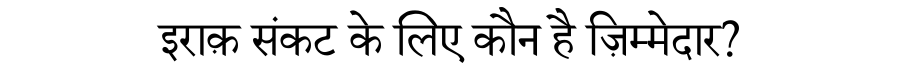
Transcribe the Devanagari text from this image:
इराक़ संकट के लिए कौन है ज़िम्मेदार?